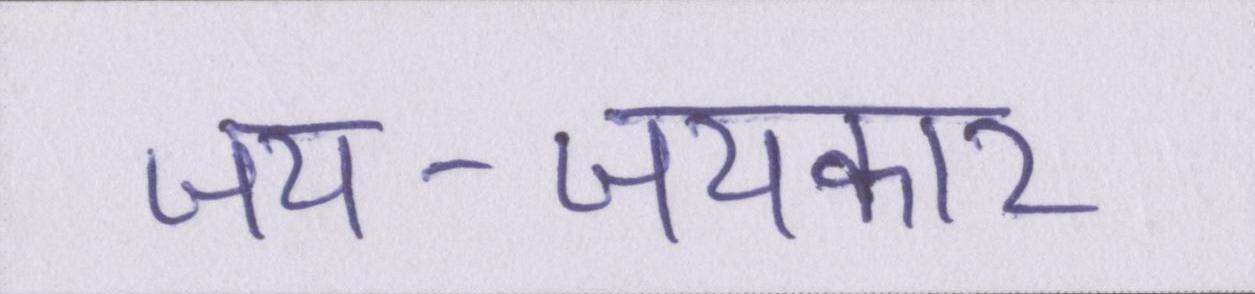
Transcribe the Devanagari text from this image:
जय-जयकार